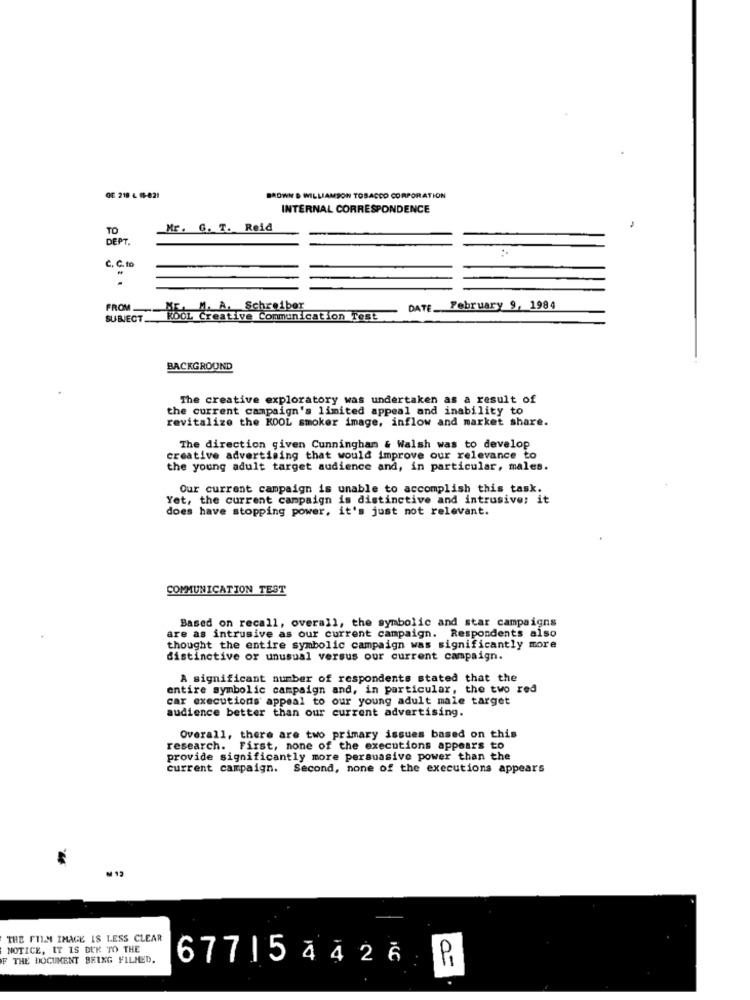
OF 218 4 6-821
BROWN D WILLIAMSON TOBACCO CORPORATION
INTERNAL CORRESPONDENCE
TO
Mr. G. T. Reid
DEPT .
C. C.to
FROM
HF. H. A. Schreiber
DATE. February 9, 1984
SUBJECT
reative Communication Test
BACKGROUND
The creative exploratory was undertaken as a result of
the current campaign's limited appeal and inability to
revitalize the KOOL smoker image, inflow and market share.
The direction given Cunningham & Walsh was to develop
creative advertising that would improve our relevance to
the young adult target audience and, in particular, males.
Our current campaign is unable to accomplish this task.
Yet, the current campaign is distinctive and intrusive; it
does have stopping power, it's just not relevant.
COMMUNICATION TEST
Based on recall, overall, the symbolic and star campaigns
are as intrusive as our current campaign. Respondents also
thought the entire symbolic campaign was significantly more
distinctive or unusual versus our current campaign.
A significant number of respondents stated that the
entire symbolic campaign and, in particular, the two red
car executions' appeal to our young adult male target
audience better than our current advertising.
Overall, there are two primary issues based on this
research. First, none of the executions appears to
provide significantly more persuasive power than the
current campaign. Second, none of the executions appears
M 12
THE FILM IMAGE IS LESS CLEAR
NOTICE, IT IS DUK TO THE
F THE DOCUMENT BRING FILMED.
677154426